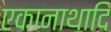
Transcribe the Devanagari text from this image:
एकानाथादि